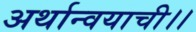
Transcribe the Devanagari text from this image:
अर्थान्वयाची।।